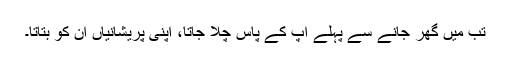
تب مَیں گھر جانے سے پہلے آپ کے پاس چلا جاتا، اپنی پریشانیاں اُن کو بتاتا۔